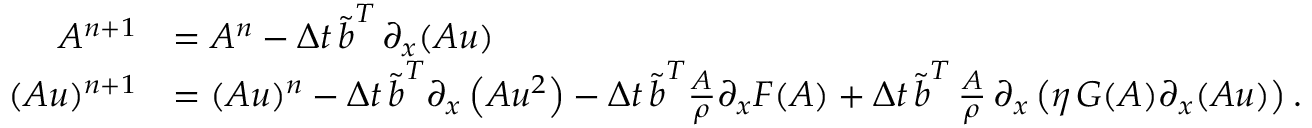
\begin{array} { r l } { A ^ { n + 1 } } & { = A ^ { n } - \Delta t \, \boldsymbol { \tilde { b } } ^ { T } \, \partial _ { x } ( \boldsymbol { A u } ) } \\ { ( A u ) ^ { n + 1 } } & { = ( A u ) ^ { n } - \Delta t \, \boldsymbol { \tilde { b } } ^ { T } \partial _ { x } \left( \boldsymbol { A u ^ { 2 } } \right) - \Delta t \, \boldsymbol { \tilde { b } } ^ { T } \frac { \boldsymbol { A } } { \rho } \partial _ { x } \boldsymbol { F } ( \boldsymbol { A } ) + \Delta t \, \boldsymbol { \tilde { b } } ^ { T } \, \frac { \boldsymbol { A } } { \rho } \, \partial _ { x } \left( \eta \, \boldsymbol { G } ( \boldsymbol { A } ) \partial _ { x } ( \boldsymbol { A u } ) \right) . } \end{array}